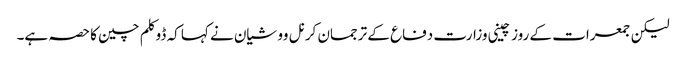
لیکن جمعرات کے روز چینی وزارت دفاع کے ترجمان کرنل وو شیان نے کہا کہ ڈوکلم چین کا حصہ ہے۔